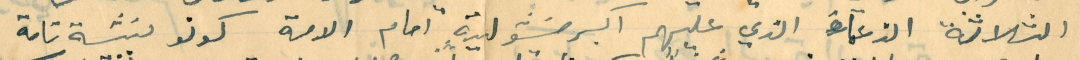
الثلاثة الزعمَاءَ الذي عليهم اكبر مسَؤلية امام الامة كونو نثة تامة